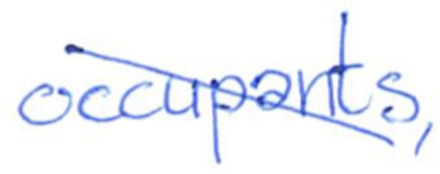
Text: occupants,
Cross-out: diagonal
Writing tool: ballpoint